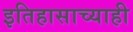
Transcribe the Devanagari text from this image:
इतिहासाच्याही